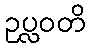
ဥပ္လဝတိ